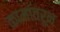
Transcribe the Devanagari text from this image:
कामांवरून